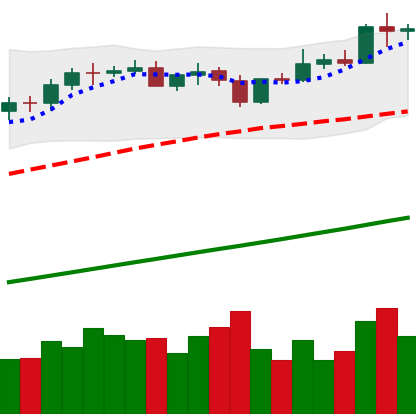
Ticker: BTC-USD
Chart end date: 2021-04-15
Forward return: -10.805%
Label: down_7plus